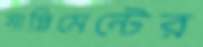
সাপ্লিমেন্টের